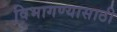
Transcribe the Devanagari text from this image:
विभागण्यासाठी